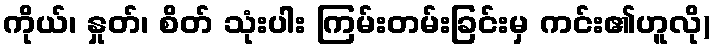
ကိုယ်၊ နှုတ်၊ စိတ် သုံးပါး ကြမ်းတမ်းခြင်းမှ ကင်း၏ဟူလို)